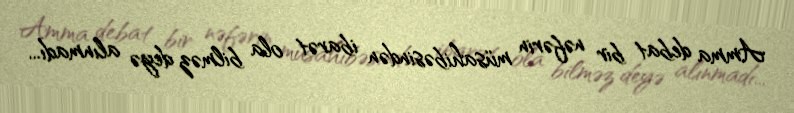
Amma debat bir nəfərin müsahibəsindən ibarət ola bilməz deyə alınmadı...